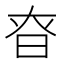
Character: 昚